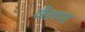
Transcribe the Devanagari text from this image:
जैलपा